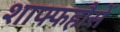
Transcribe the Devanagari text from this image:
शाफ्फहौसें